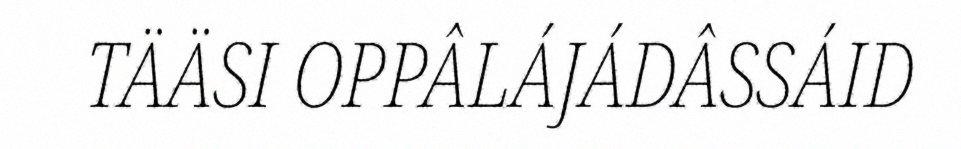
TÄÄSI OPPÂLÁJÁDÂSSÁID